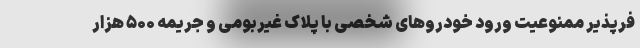
فرپذیر ممنوعیت ورود خودروهای شخصی با پلاک غیربومی و جریمه ۵۰۰ هزار